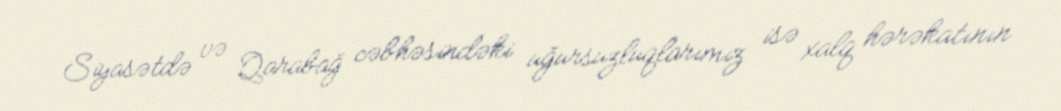
Siyasətdə və Qarabağ cəbhəsindəki uğursuzluqlarımız isə xalq hərəkatının